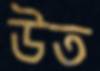
উত